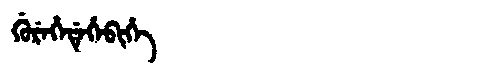
Manchu: ᡤᡠᡵᡝᡥᡝᡩᡝᡥᡝᠪᡳᡥᡝ
Romanization: GUREHEDEHEBIHE